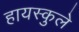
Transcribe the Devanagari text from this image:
हायस्कुले